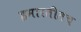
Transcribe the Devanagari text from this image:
इमारतीतच